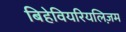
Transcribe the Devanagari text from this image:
बिहेवियरियलिज़म